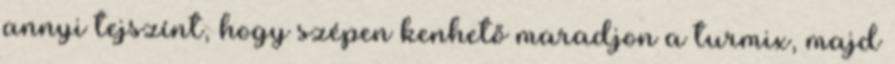
annyi tejszínt, hogy szépen kenhető maradjon a turmix, majd